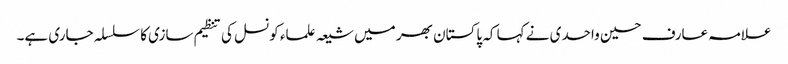
علامہ عارف حسین واحدی نے کہا کہ پاکستان بھر میں شیعہ علماء کونسل کی تنظیم سازی کا سلسلہ جاری ہے۔